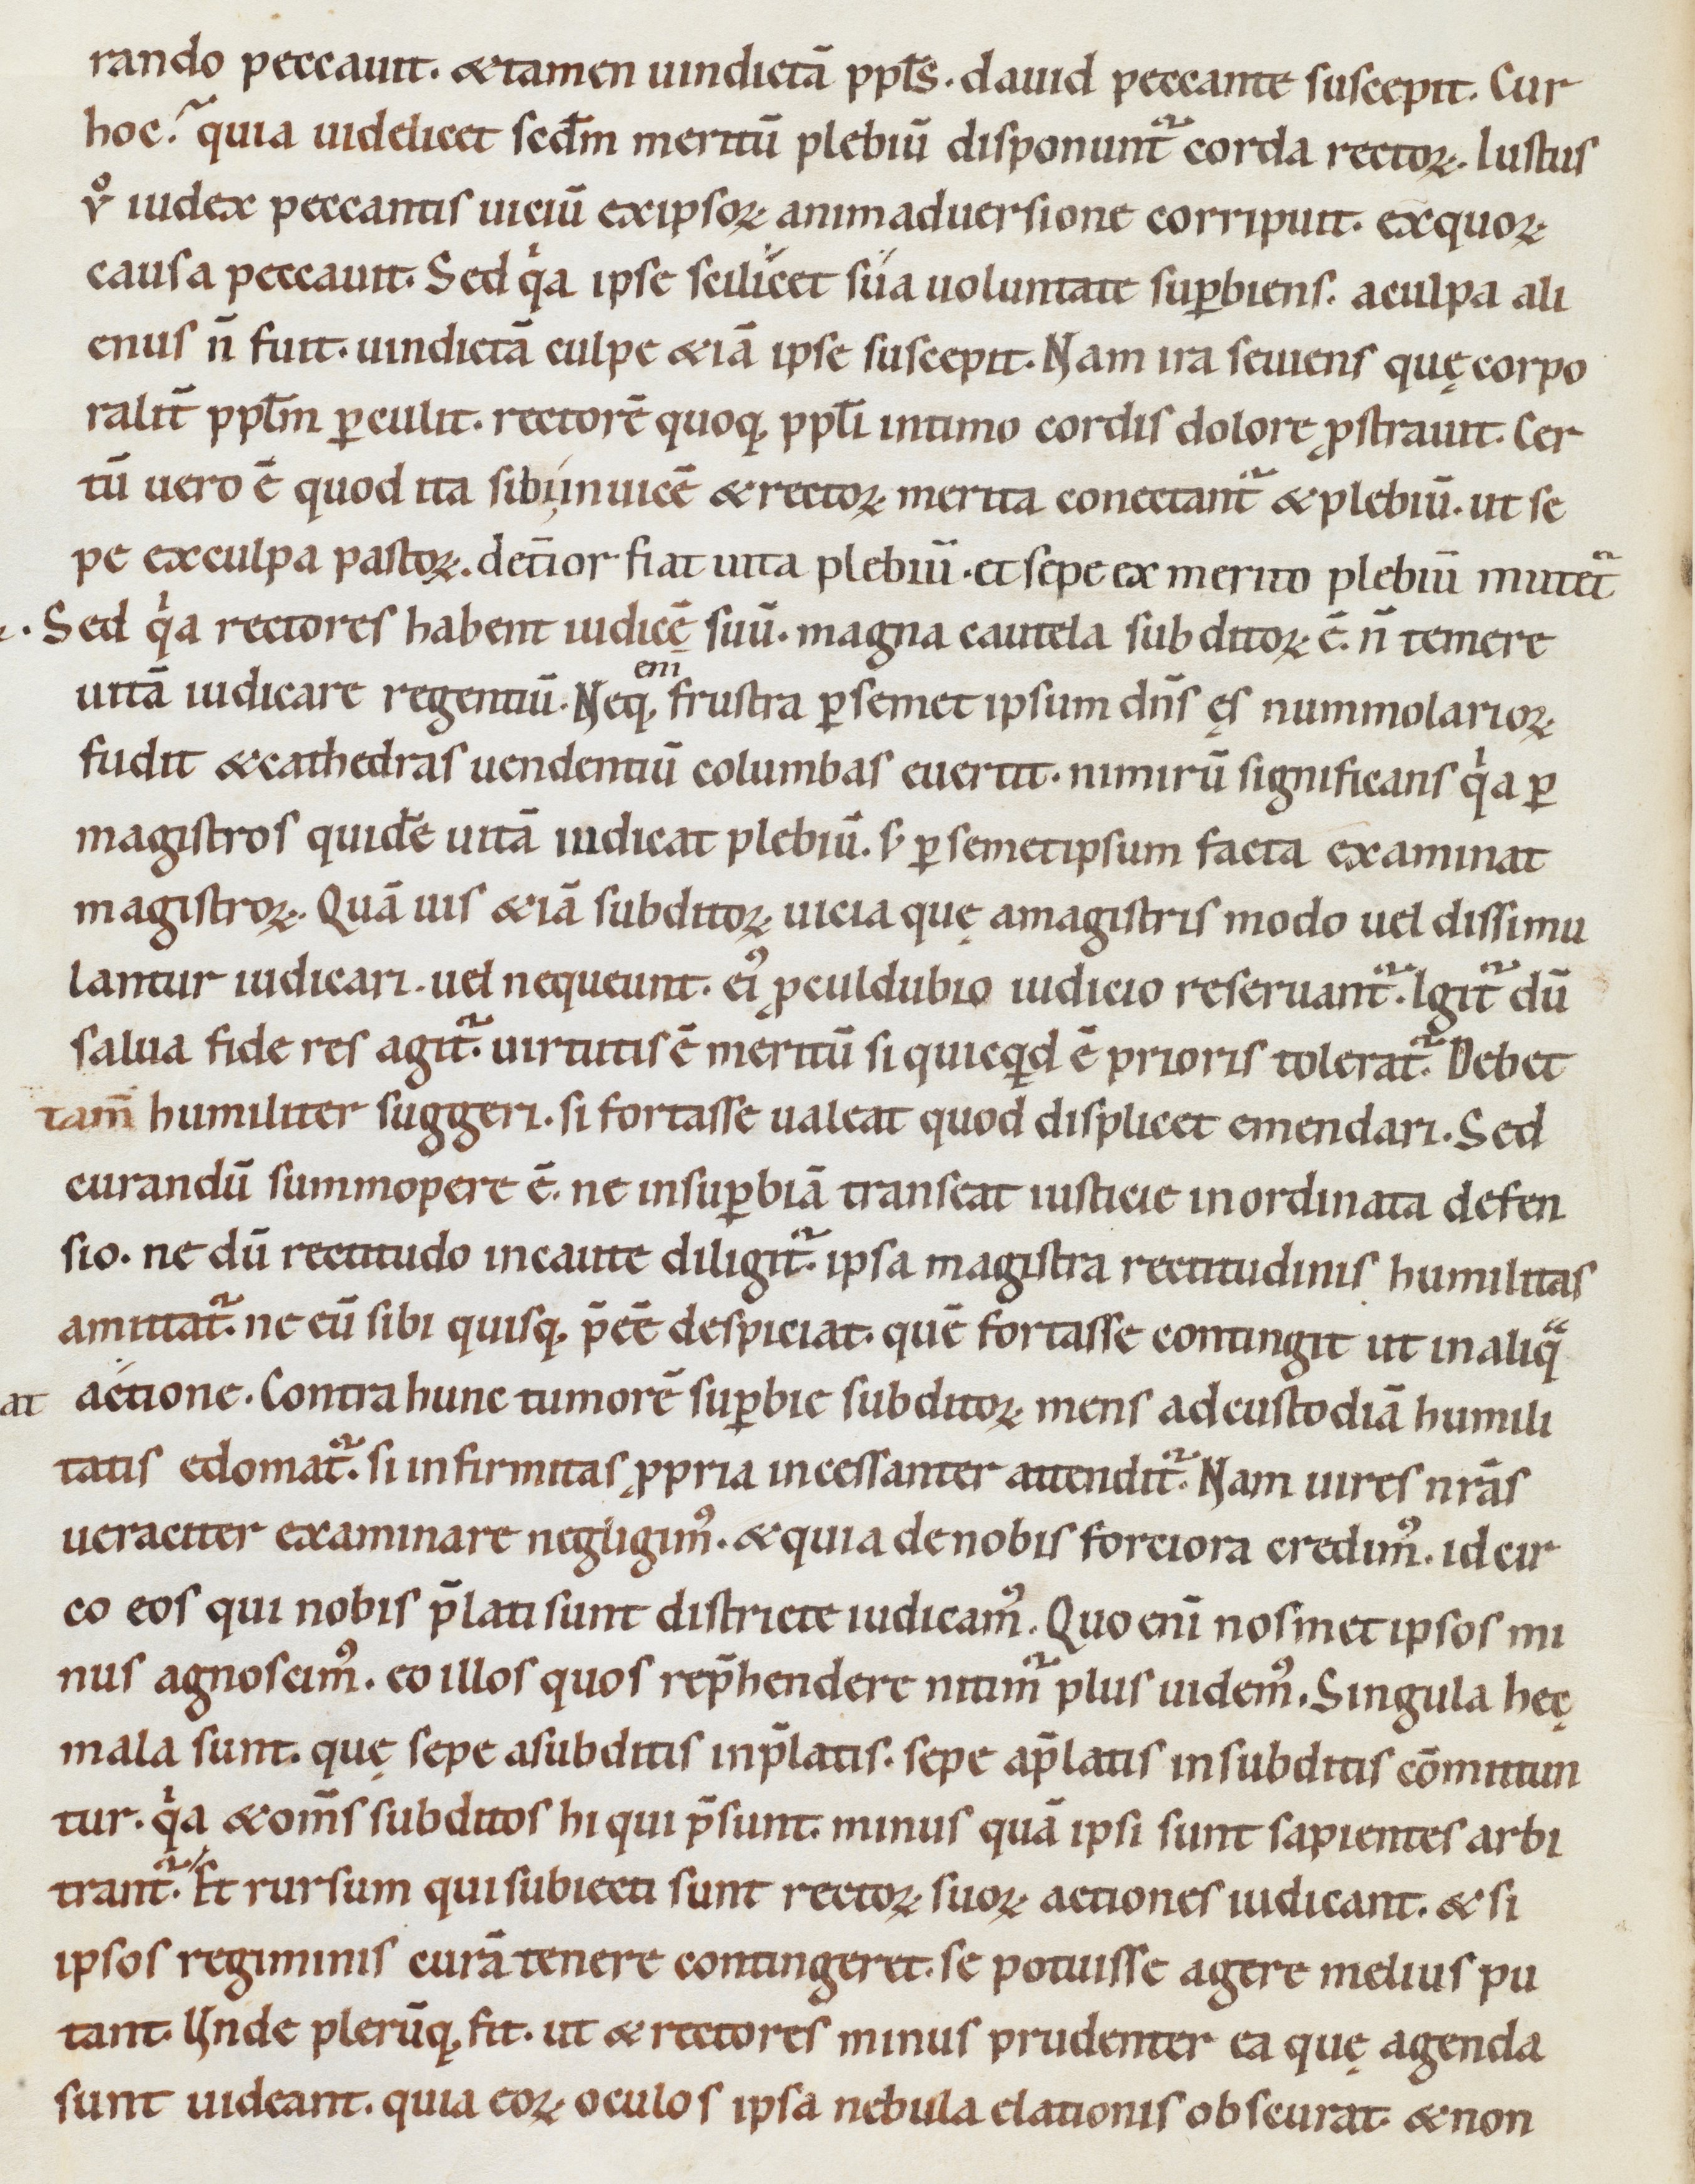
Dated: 1080–1096